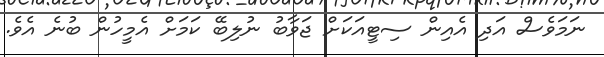
ނަމަވެސް އަދި އެއިން ސިޓީއަކަށް ޖަވާބު ނުލިބޭ ކަމަށް އެމީހުން ބުނެ އެވެ.